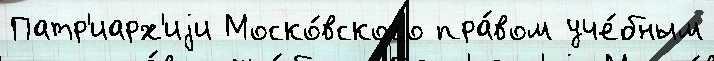
Патр'иарх'иjи Моско́вского пра́вом уче́бным